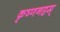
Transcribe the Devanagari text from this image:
कृष्णनट्टम्